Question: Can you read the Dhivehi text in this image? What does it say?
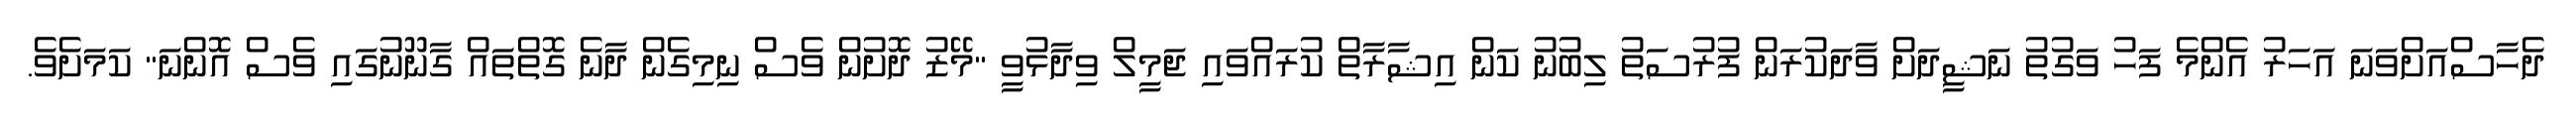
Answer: ދެހާސްއަށްވަނަ އަހަރު އެންމެ ފަހު ވަގުތު ނަޝީދަށް ވާދަކުރަން ފުރުސަތު ލިބުނު ކަން އިޝާރާތް ކުރައްވައި ޖަމީލް ވިދާޅުވީ "މޭޒު ދޮށުން ވެސް ނިމިގެން ދާނެ ގޮތްތައް ގާނޫނުގައި ވެސް އޮންނަ" ކަމަށެވެ.